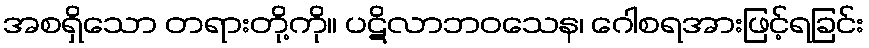
အစရှိသော တရားတို့ကို။ ပဋိလာဘဝသေန၊ ဂေါစရအားဖြင့်ရခြင်း